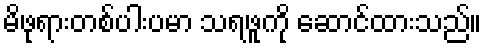
မိဖုရားတစ်ပါးပမာ သရဖူကို ဆောင်ထားသည်။